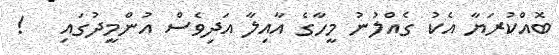
ބޮއްކުރަޔާ އެކު ގެއްލުނު މީހާގެ އާއިލާ އަދިވެސް އުންމީދުގައި   !